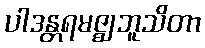
ပါဒန္တရမဇ္ဈဘူသိတာ